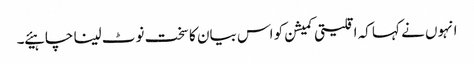
انہوں نے کہا کہ اقلیتی کمیشن کو اس بیان کا سخت نوٹ لینا چاہیئے ۔